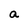
Character: a